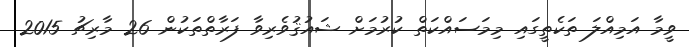
ވީމާ އަމިއްލަ ތަކެތީގައި މިމަސައްކަތް ކުރުމަށް ޝައުޤުވެރިވާ ފަރާތްތަކުން 26 މާރިޗު 2015